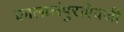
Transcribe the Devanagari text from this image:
क्वालालंपुराऐवजी